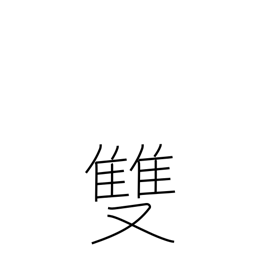
Meaning: counter for pairs